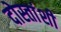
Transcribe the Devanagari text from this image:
दोस्तांशी